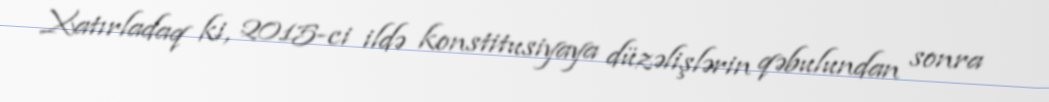
Xatırladaq ki, 2015-ci ildə konstitusiyaya düzəlişlərin qəbulundan sonra